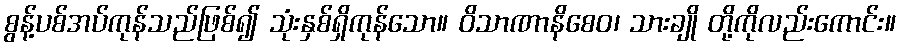
စွန့်ပစ်အပ်ကုန်သည်ဖြစ်၍ သုံးနှစ်ရှိကုန်သော။ ဝိသာဏာနိစေဝ၊ သားချို တို့ကိုလည်းကောင်း။